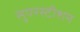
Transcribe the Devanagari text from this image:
सुपरस्टीशन